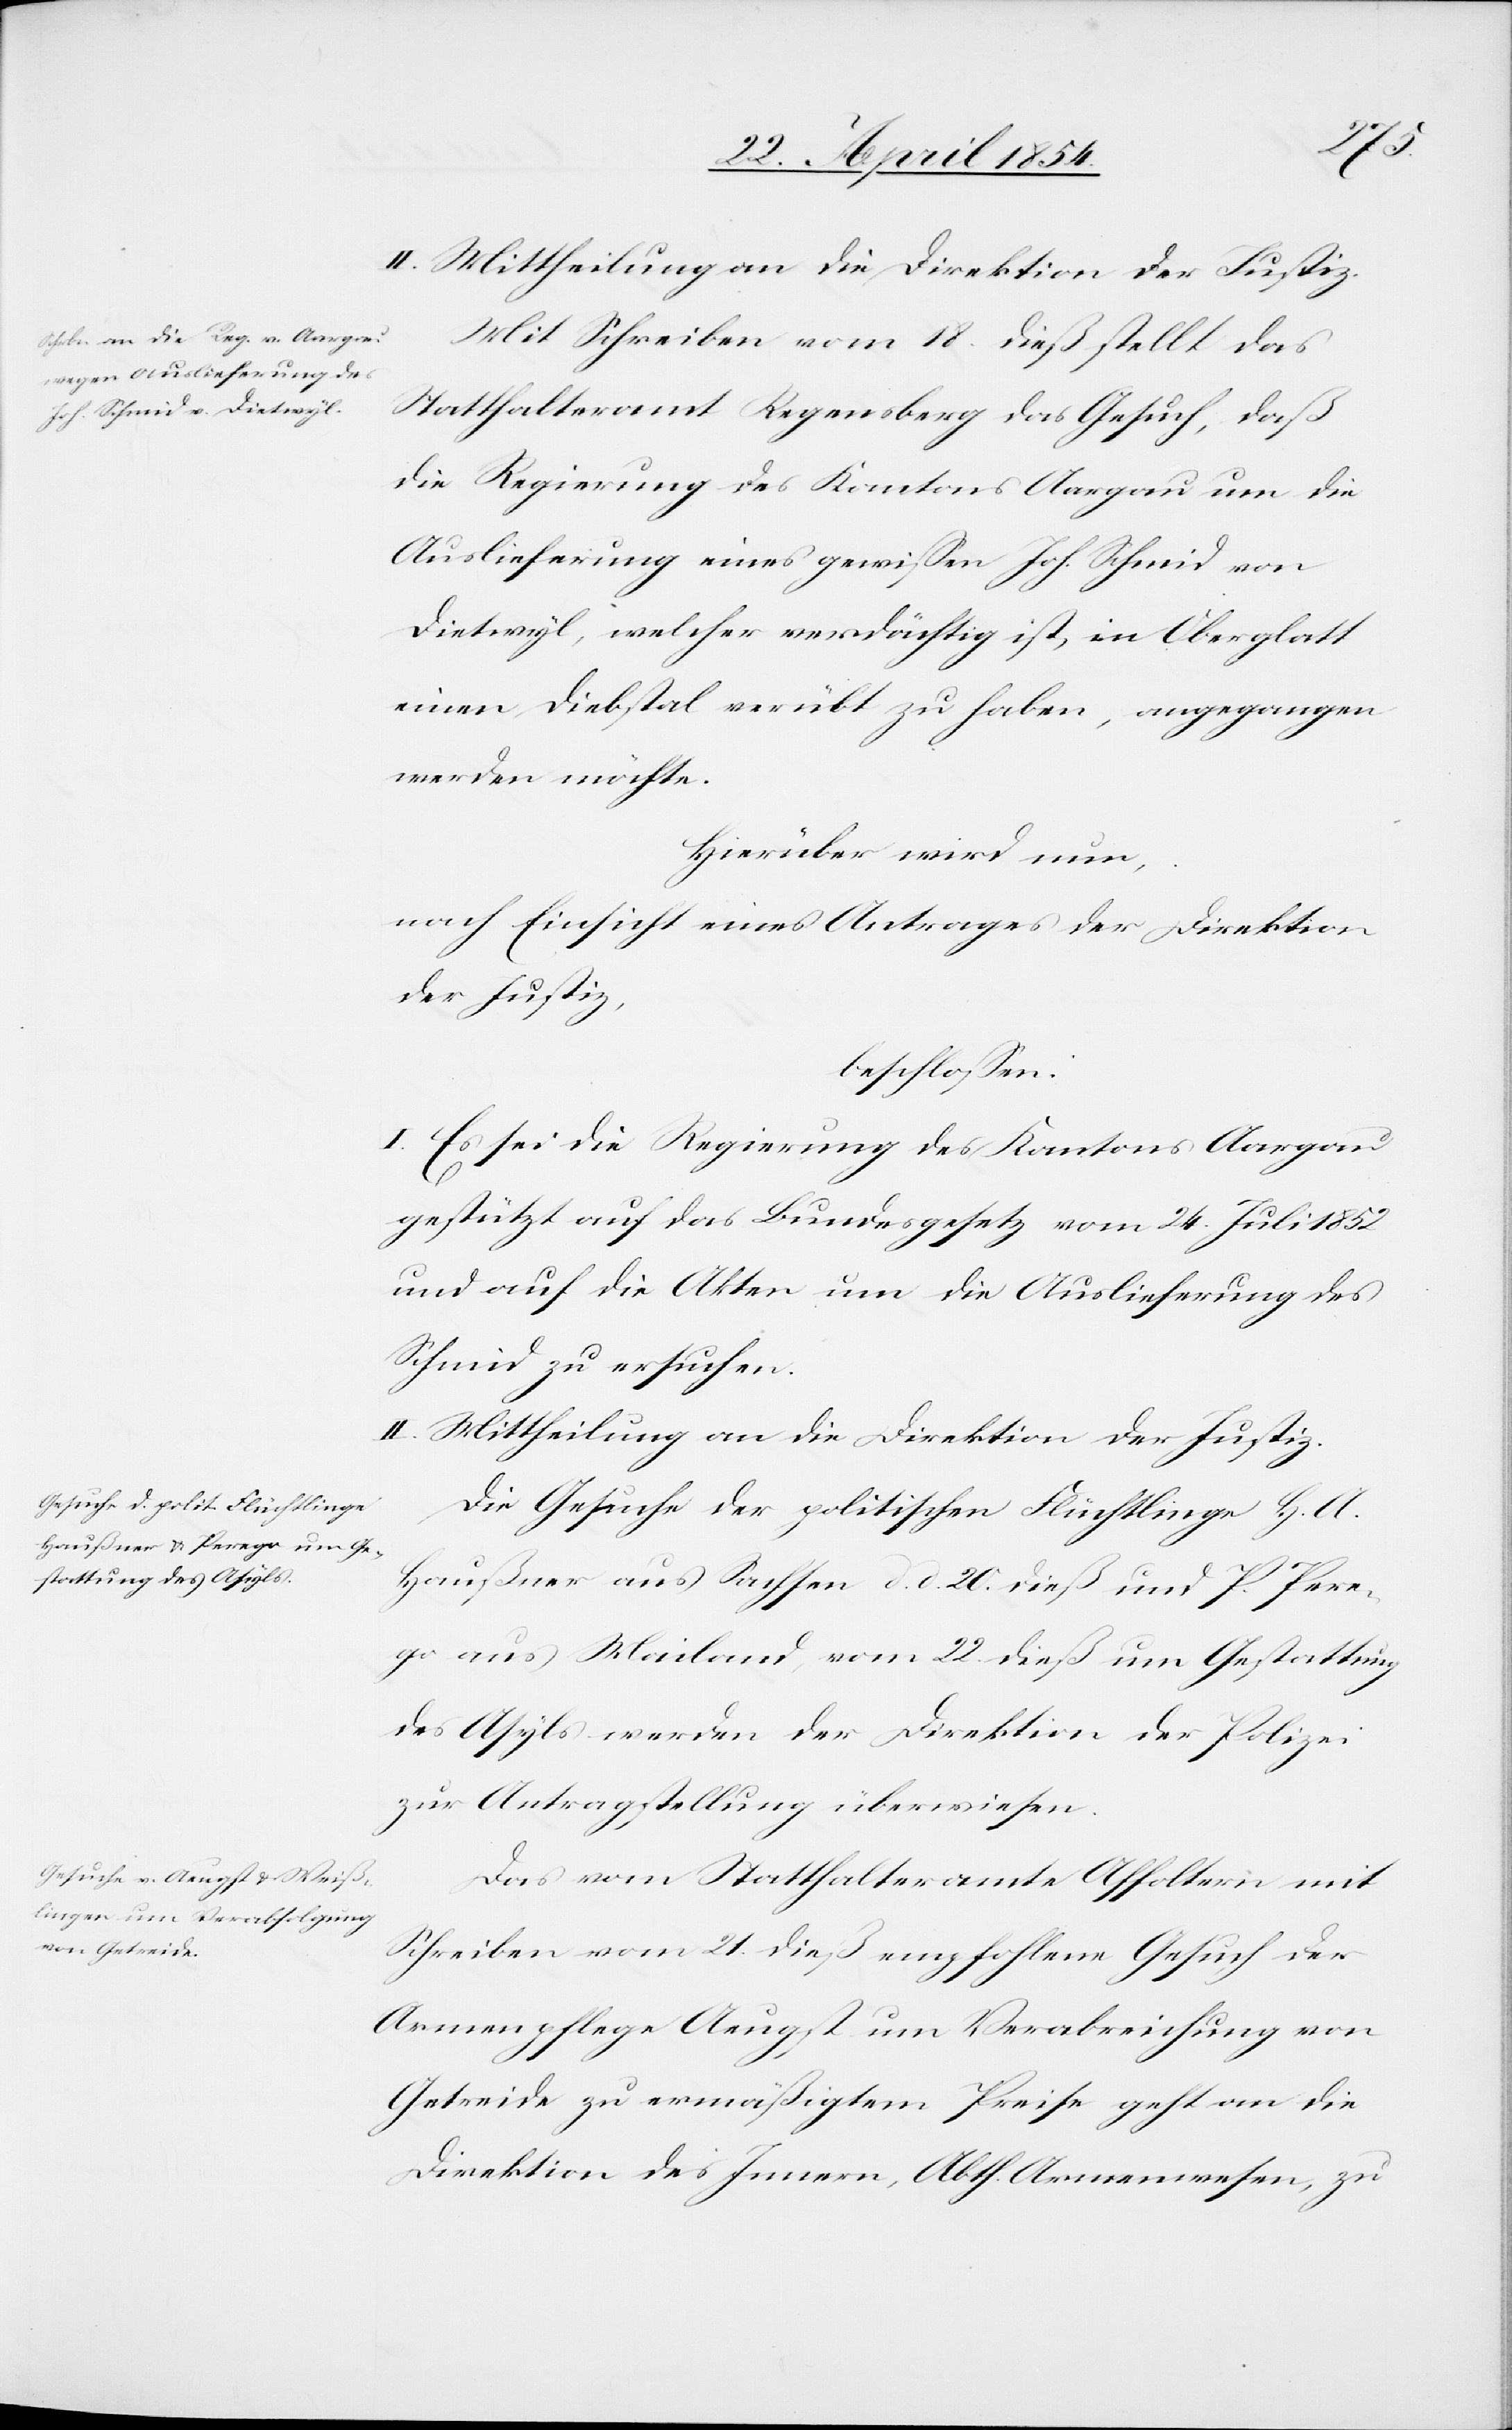
den
25. April 1854.]
Mit Schreiben vom 18. dieß stellt das
Statthalteramt Regensberg das Gesuch, daß
die Regierung des Kantons Aargau um die
Auslieferung eines gewißen Joh. Schmid von
Dietwyl, welcher verdächtig ist, in Oberglatt
einen Diebstahl verübt zu haben, angegangen
werden möchte.
Hierüber wird nun,
nach Einsicht eines Antrages der Direktion
der Justiz,
beschloßen:
I. Es sei die Regierung des Kantons Aargau
gestützt auf das Bundesgesetz vom 24. Juli 1852
und auf die Akten um die Auslieferung des
Schmid zu ersuchen.
II. Mittheilung an die Direktion der Justiz.
Die Gesuche der politischen Flüchtlinge H. A.
Haußener aus Sachsen d. d. 20. dieß und P. Pere¬
go aus Mailand, vom 22. dieß um Gestattung
des Asyls werden der Direktion der Polizei
zur Antragstellung überwiesen.
Das vom Statthalteramte Affoltern mit
Schreiben vom 21. dieß empfohlene Gesuch der
Armenpflege Aeugst um Verabreichung von
Getreide zu ermäßigtem Preise geht an die
Direktion des Innern, Abth. Armenwesen, zu